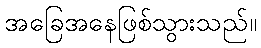
အခြေအနေဖြစ်သွားသည်။